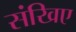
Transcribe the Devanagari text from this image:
संखिए